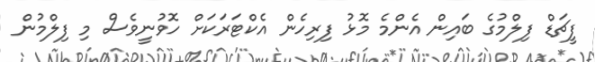
ފީޗަޑް ފިލްމުގެ ބައިން އެންމެ މޮޅު ފިރިހެން އެކްޓަރަކަށް ހޮވުނީވެސް މި ފިލްމުން